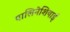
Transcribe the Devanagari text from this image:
पालिनेशियाई